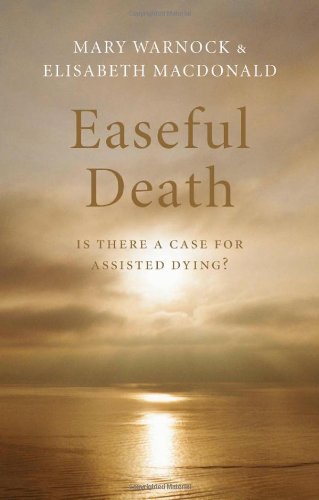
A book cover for Easeful Death: Is There a Case for Assisted Suicide; Mary Warnock; Medical Books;